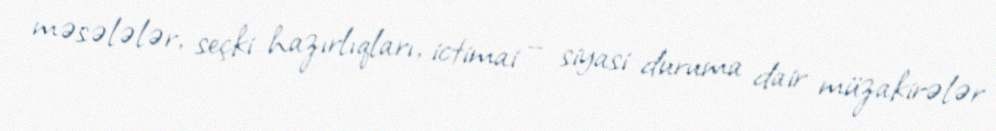
məsələlər, seçki hazırlıqları, ictimai – siyasi duruma dair müzakirələr